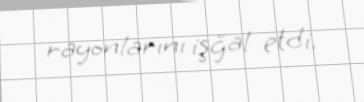
rayonlarını işğal etdi.